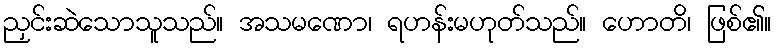
ညှင်းဆဲသောသူသည်။ အသမဏော၊ ရဟန်းမဟုတ်သည်။ ဟောတိ၊ ဖြစ်၏။